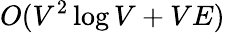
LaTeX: O(V^{2}\log{V}+VE)